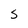
Character: S